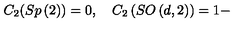
C _ { 2 } ( S p \left( 2 \right) ) = 0 , \quad C _ { 2 } \left( S O \left( d , 2 \right) \right) = 1 -